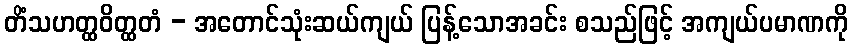
တိံသဟတ္ထဝိတ္ထတံ - အတောင်သုံးဆယ်ကျယ် ပြန့်သောအခင်း စသည်ဖြင့် အကျယ်ပမာဏကို